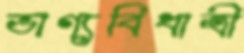
ভাগ্যবিধাত্রী